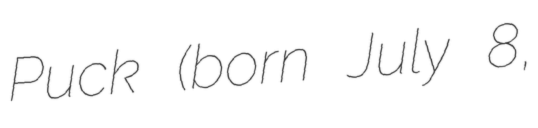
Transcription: Puck (born July 8,